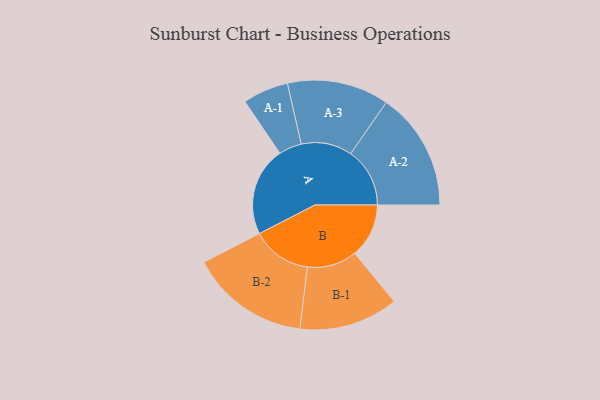
{"axis": {"x": "Segment", "y": "Value"}, "legend": ["", "A", "B"], "data": [{"x": "A", "y": 412, "type": ""}, {"x": "B", "y": 251, "type": ""}, {"x": "A-1", "y": 106, "type": "A"}, {"x": "A-2", "y": 274, "type": "A"}, {"x": "A-3", "y": 236, "type": "A"}, {"x": "B-1", "y": 230, "type": "B"}, {"x": "B-2", "y": 277, "type": "B"}]}